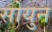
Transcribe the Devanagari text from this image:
सोयुन